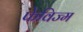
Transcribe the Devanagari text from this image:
फेविज्म